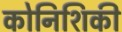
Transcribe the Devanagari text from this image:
कोनिशिकी